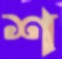
শ